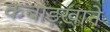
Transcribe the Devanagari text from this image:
कबाड़ख़ाने